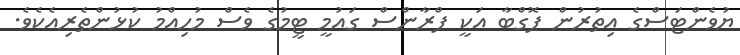
ޔުވެންޓަސްގެ އިތުރުން ޕޮގްބާ އަކީ ފްރާންސް ގައުމީ ޓީމުގެ ވެސް މުހިއްމު ކުޅުންތެރިއެެކެވެ.